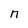
Character: n